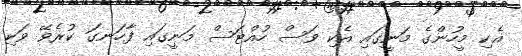
އެކި މީހުންގެ މަނީގައި އެކި ވަސް ހުއްޓަސް މަނީގައި ފާހަނގަ ކުރެވޭ ވަކި